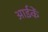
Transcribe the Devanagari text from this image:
आईकें